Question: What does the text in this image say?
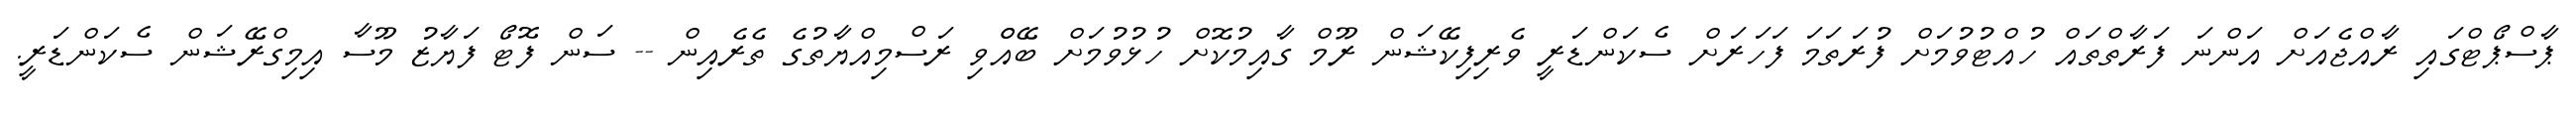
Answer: ޕާސްޕޯޓްގައި ރާއްޖެއަށް އަންނަ ފަރާތްތައް ހުއްޓުވުމަށް ފުރަތަމަ ފަހަރަށް ސެކަންޑަރީ ވެރިފިކޭޝަން ރޫމް ގާއިމުކޮށް ހުޅުވުމަށް ބޭއްްވި ރަސްމިއްޔާތުގެ ތެރެއިން -- ސަން ފޮޓޯ ފަޔާޒު މޫސާ އިމިގްރޭޝަން ސެކަންޑަރީ.